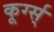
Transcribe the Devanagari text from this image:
कूर्ग्स्